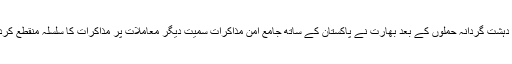
ممبئی دہشت گردانہ حملوں کے بعد بھارت نے پاکستان کے ساتھ جامع امن مذاکرات سمیت دیگر معاملات پر مذاکرات کا سلسلہ منقطع کردیا تھا۔